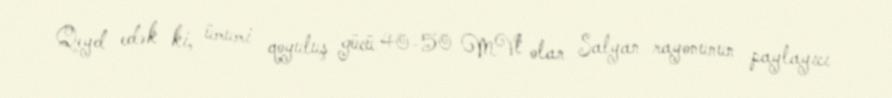
Qeyd edək ki, ümumi qoyuluş gücü 40-50 MVt olan Salyan rayonunun paylayıcı